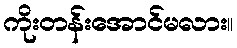
ကိုးတန်းအောင်မလား။